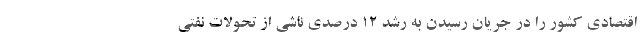
اقتصادی کشور را در جریان رسیدن به رشد ۱۲ درصدی ناشی از تحولات نفتی